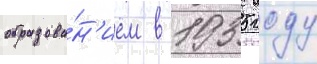
образова́н'ием в 1935 году